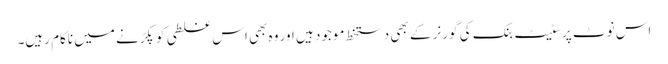
اس نوٹ پر سٹیٹ بنک کی گورنر کے بھی دستخط موجود ہیں اور وہ بھی اس غلطی کو پکڑنے میں ناکام رہیں۔